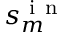
s _ { m } ^ { \mathrm { ~ i ~ n ~ } }